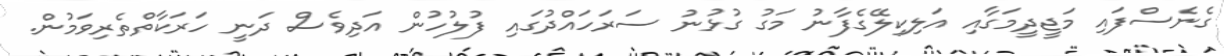
ގެނެސްފައި މަޖީދީމަގާއި އަލިކިލޭގެފާނު މަގު ގުޅުނު ސަރަހައްދުގައި ފުލުހުން އަދިވެސް ދަނީ ހަރަކާތްތެރިވަމުން.